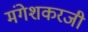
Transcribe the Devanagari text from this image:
मंगेशकरजी